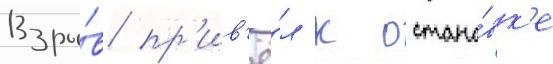
Взры́в пр'ив'ё́л к остано́вк'е